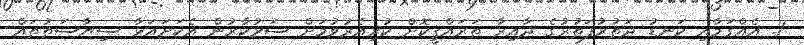
1. އެއްގަމާއި ކަނޑު ދަތުރުފަތުރުގެ ދާއިރާ ތަރައްޤީކޮށް ކުރިއެރުވުމަށް ސަރުކާރުން އެކަށައަޅާ ސިޔާސަތުތައް